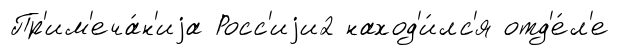
Пр'им'еча́н'иjа Росс'иjи2 наход'и́лс'я отд'е́л'е